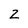
Character: Z